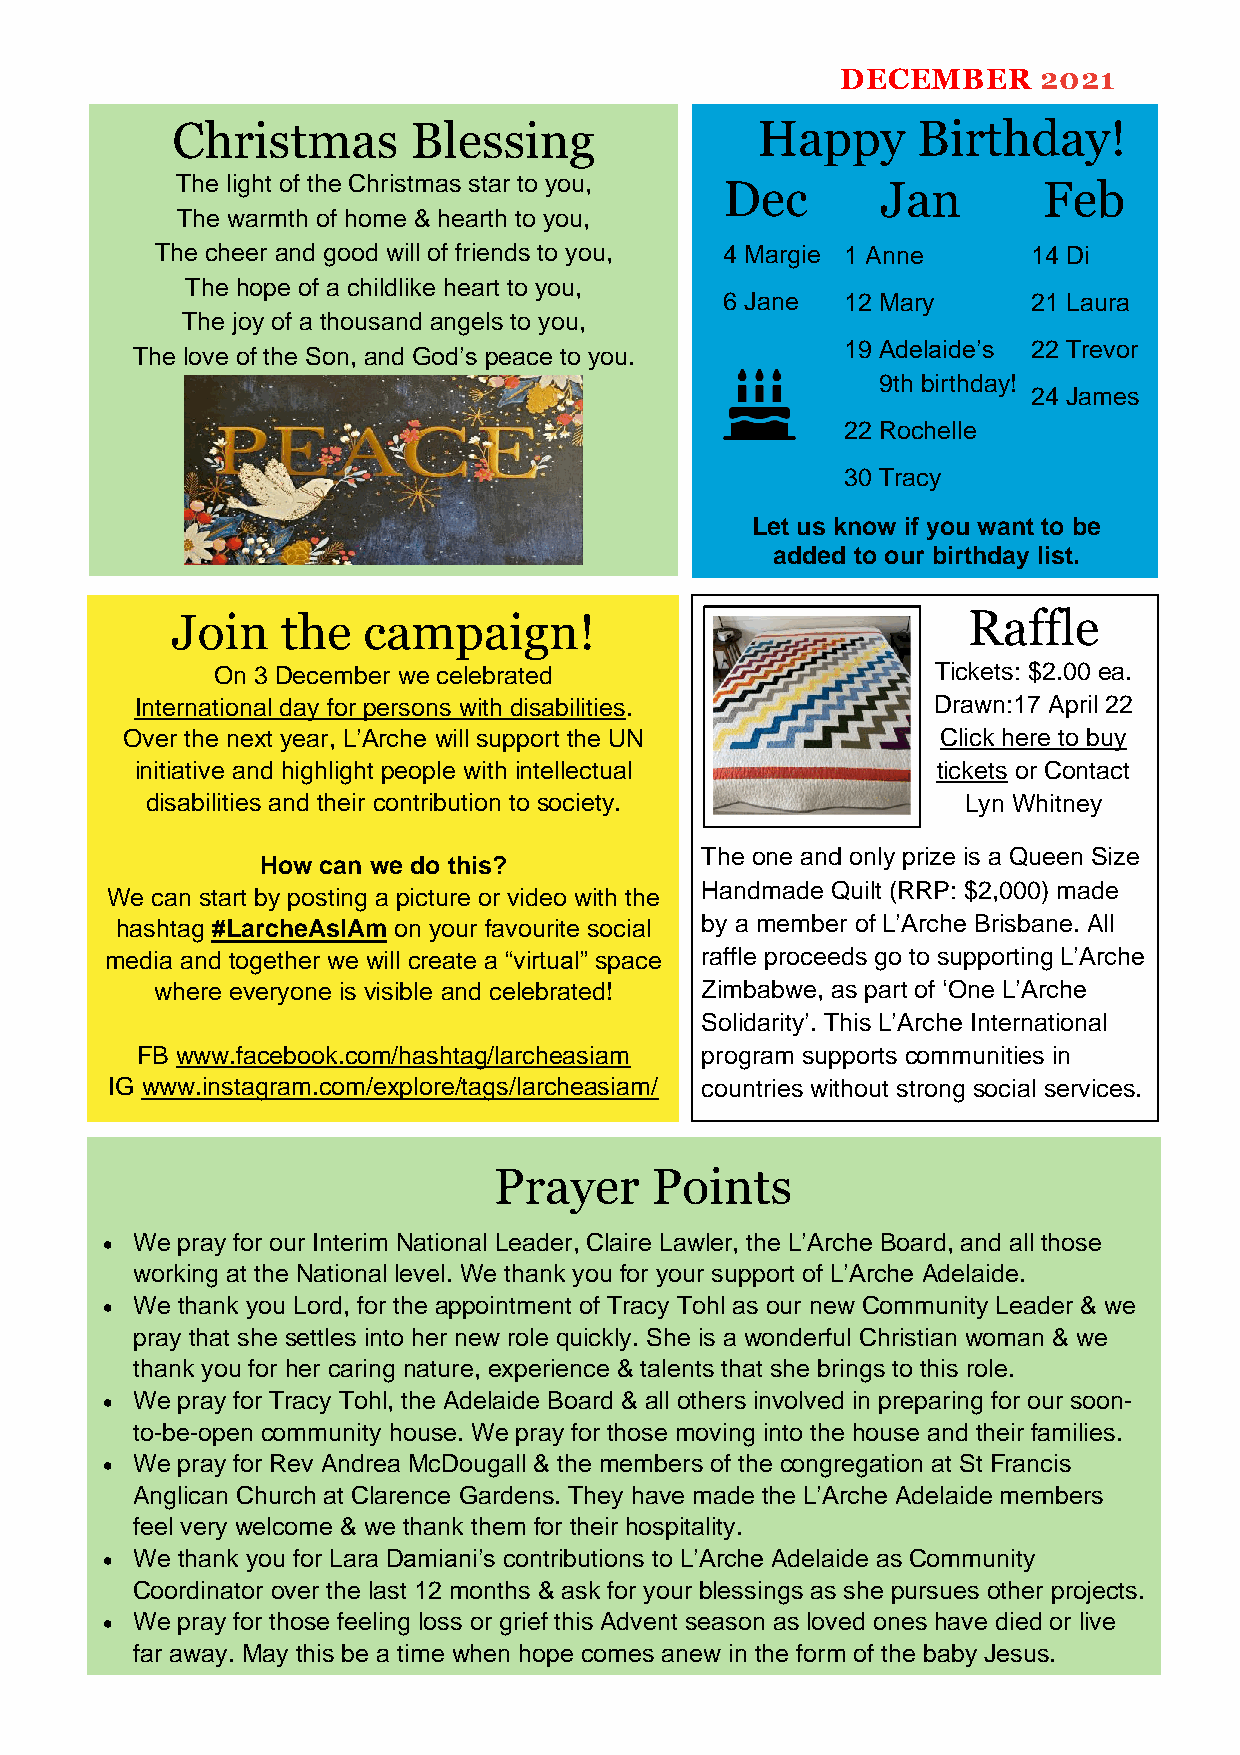
DECEMBER     2021
 Christmas       Blessing               Hap   py   Birthday!
 The light of the Christmas star to you, Dec   Jan        Feb
 The warmth of home & hearth to you,
 The cheer and good will of friends to you, 4 Margie 1 Anne 14 Di
 The hope of a childlike heart to you,
 6 Jane  12 Mary     21 Laura
 The joy of a thousand angels to you,
 19 Adelaide’s 22 Trevor
 The love of the Son, and God’s peace to you.
 9th birthday!
 24 James
 22 Rochelle
 30 Tracy
 Let us know if you want to be
 added to our birthday list.
 Join    the  campaign!                               Raffle
 On 3 December we celebrated                     Tickets: $2.00 ea.
 International day for persons with disabilities.     Drawn:17 April 22
 Over the next year, L’Arche will support the UN       Click here to buy
 initiative and highlight people with intellectual    tickets or Contact
 disabilities and their contribution to society.       Lyn Whitney
 The one and only prize is a Queen Size
 How can we do this?
 Handmade Quilt (RRP: $2,000) made
 We can start by posting a picture or video with the
 hashtag #LarcheAsIAm on your favourite social by a member of L’Arche Brisbane. All
 media and together we will create a “virtual” space raffle proceeds go to supporting L’Arche
 where everyone is visible and celebrated! Zimbabwe, as part of ‘One L’Arche
 Solidarity’. This L’Arche International
 FB www.facebook.com/hashtag/larcheasiam program supports communities in
 IG www.instagram.com/explore/tags/larcheasiam/ countries without strong social services.
 Prayer    Points
 • We pray for our Interim National Leader, Claire Lawler, the L’Arche Board, and all those
 working at the National level. We thank you for your support of L’Arche Adelaide.
 • We thank you Lord, for the appointment of Tracy Tohl as our new Community Leader & we
 pray that she settles into her new role quickly. She is a wonderful Christian woman & we
 thank you for her caring nature, experience & talents that she brings to this role.
 • We pray for Tracy Tohl, the Adelaide Board & all others involved in preparing for our soon-
 to-be-open community house. We pray for those moving into the house and their families.
 • We pray for Rev Andrea McDougall & the members of the congregation at St Francis
 Anglican Church at Clarence Gardens. They have made the L’Arche Adelaide members
 feel very welcome & we thank them for their hospitality.
 • We thank you for Lara Damiani’s contributions to L’Arche Adelaide as Community
 Coordinator over the last 12 months & ask for your blessings as she pursues other projects.
 • We pray for those feeling loss or grief this Advent season as loved ones have died or live
 far away. May this be a time when hope comes anew in the form of the baby Jesus.